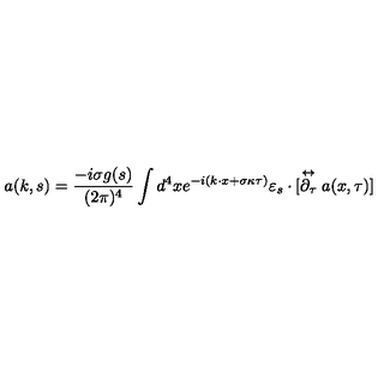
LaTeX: a ( k , s ) = \frac { - i \sigma g ( s ) } { ( 2 \pi ) ^ { 4 } } \int d ^ { 4 } x e ^ { - i ( k \cdot x + \sigma \kappa \tau ) } \varepsilon _ { s } \cdot [ \stackrel { \leftrightarrow } { \partial _ { \tau } } a ( x , \tau ) ]